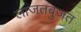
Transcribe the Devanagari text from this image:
लाजतबुजत